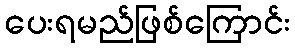
ပေးရမည်ဖြစ်ကြောင်း